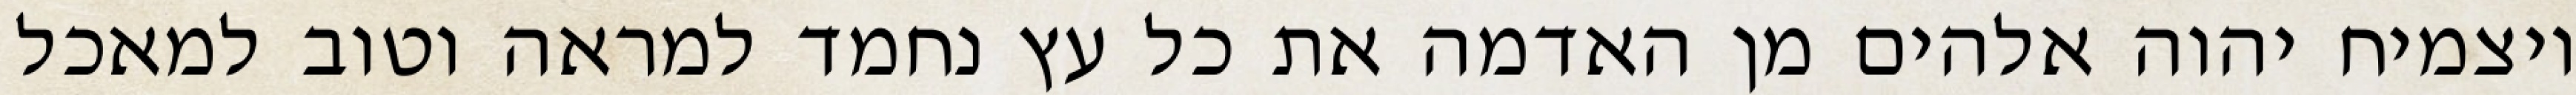
ויצמיח יהוה אלהים מן האדמה את כל עץ נחמד למראה וטוב למאכל